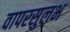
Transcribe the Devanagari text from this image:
वापरसुलभ